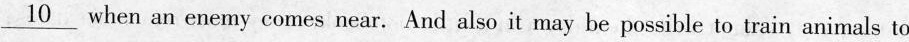
\underline{10} when an enemy comes near. And also it may be possible to train animals to